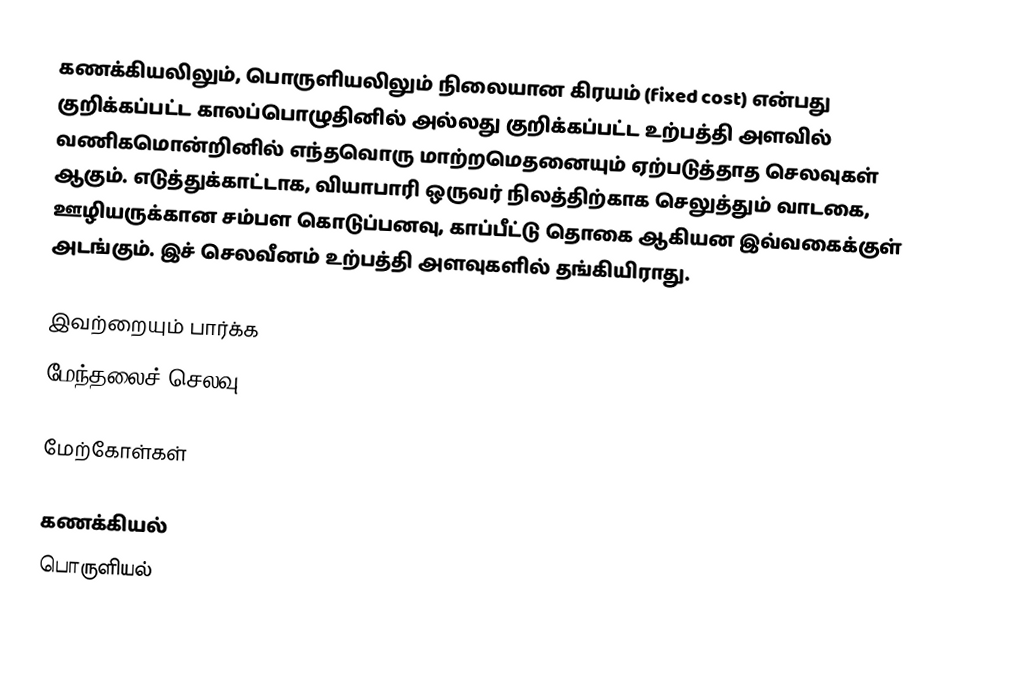
கணக்கியலிலும், பொருளியலிலும் நிலையான கிரயம் (fixed cost) என்பது  குறிக்கப்பட்ட காலப்பொழுதினில் அல்லது குறிக்கப்பட்ட உற்பத்தி அளவில் வணிகமொன்றினில் எந்தவொரு மாற்றமெதனையும் ஏற்படுத்தாத செலவுகள் ஆகும். எடுத்துக்காட்டாக, வியாபாரி ஒருவர் நிலத்திற்காக செலுத்தும் வாடகை, ஊழியருக்கான சம்பள கொடுப்பனவு, காப்பீட்டு தொகை ஆகியன இவ்வகைக்குள் அடங்கும். இச் செலவீனம் உற்பத்தி அளவுகளில் தங்கியிராது.

இவற்றையும் பார்க்க
 மேந்தலைச் செலவு

மேற்கோள்கள்

கணக்கியல்
பொருளியல்